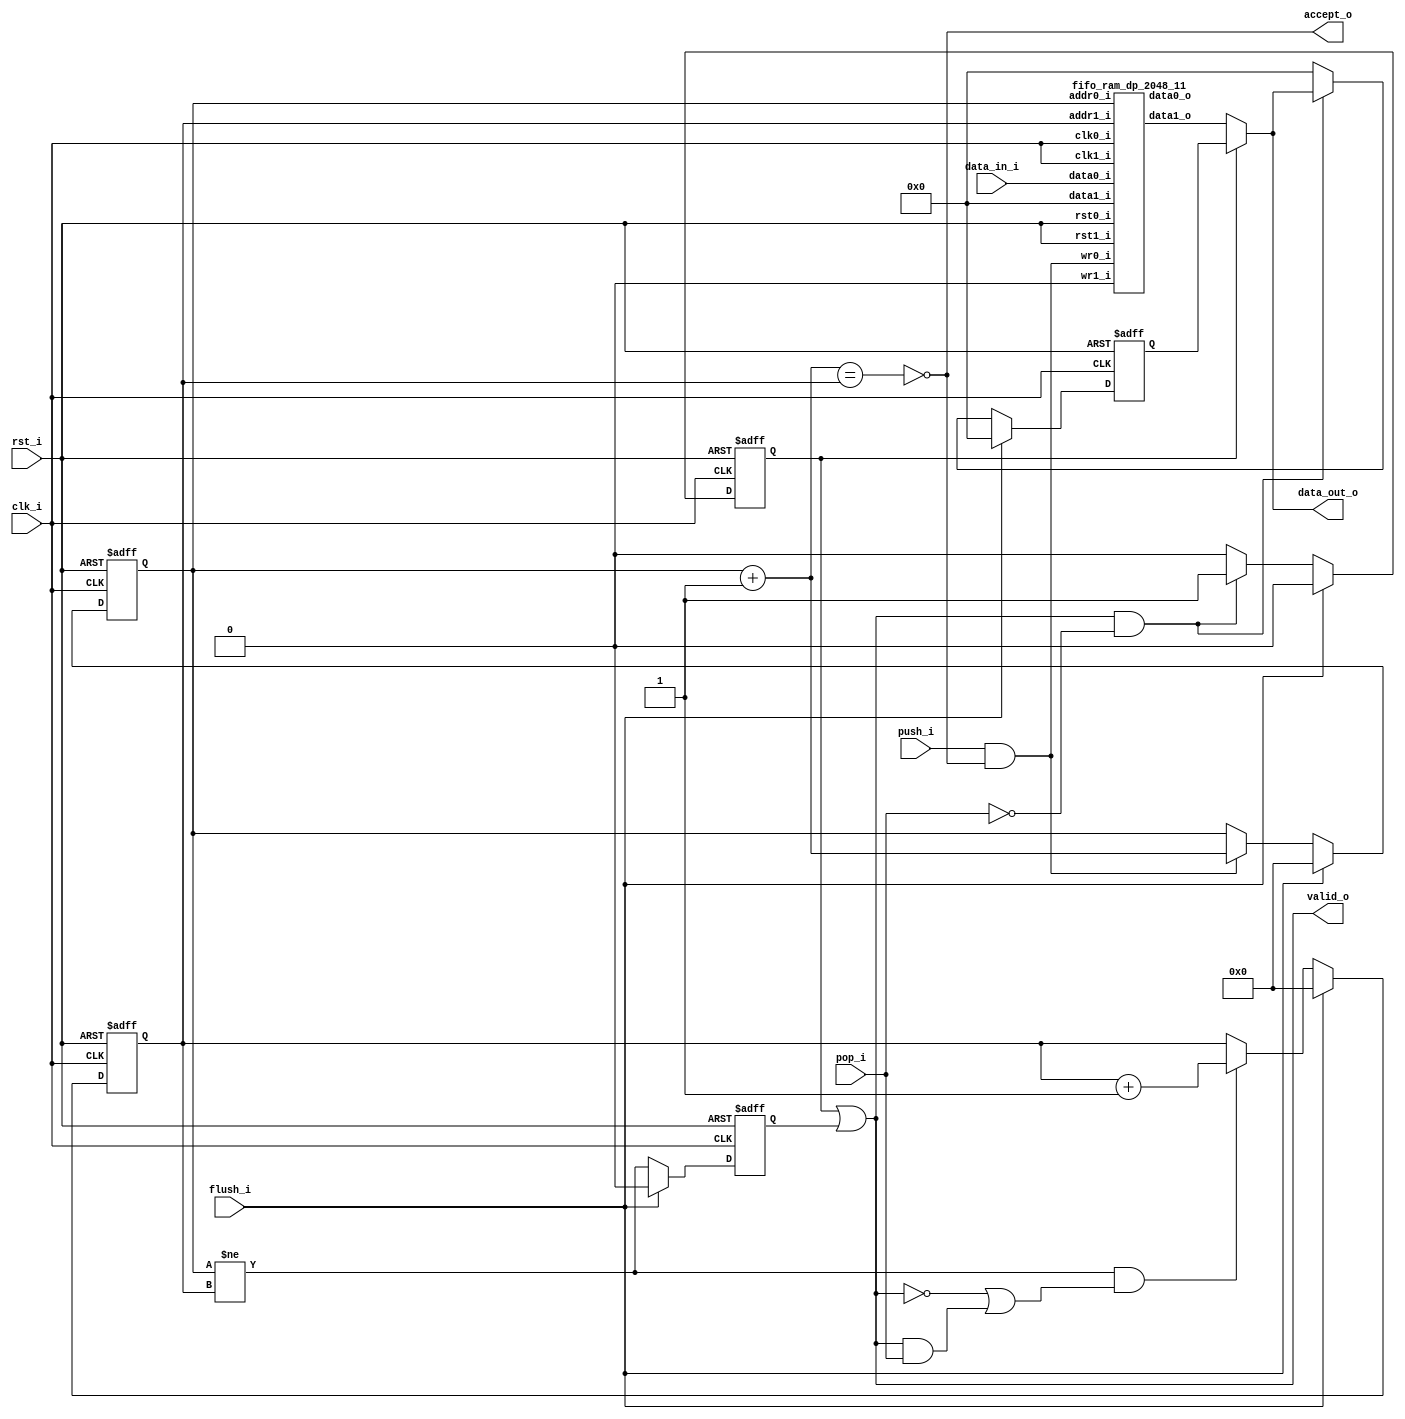
// This program was cloned from: https://github.com/ultraembedded/core_audio
// License: GNU General Public License v2.0

//-----------------------------------------------------------------
//                      Audio Controller
//                           V0.1
//                     Ultra-Embedded.com
//                     Copyright 2012-2019
//
//
//                         License: GPL
// If you would like a version with a more permissive license for
// use in closed source commercial applications please contact me
// for details.
//-----------------------------------------------------------------
//
// This file is open source HDL; you can redistribute it and/or 
// modify it under the terms of the GNU General Public License as 
// published by the Free Software Foundation; either version 2 of 
// the License, or (at your option) any later version.
//
// This file is distributed in the hope that it will be useful,
// but WITHOUT ANY WARRANTY; without even the implied warranty of
// MERCHANTABILITY or FITNESS FOR A PARTICULAR PURPOSE.  See the
// GNU General Public License for more details.
//
// You should have received a copy of the GNU General Public 
// License along with this file; if not, write to the Free Software
// Foundation, Inc., 59 Temple Place, Suite 330, Boston, MA 02111-1307
// USA
//-----------------------------------------------------------------

//-----------------------------------------------------------------
//                          Generated File
//-----------------------------------------------------------------

module audio_fifo
(
    // Inputs
     input           clk_i
    ,input           rst_i
    ,input  [ 31:0]  data_in_i
    ,input           push_i
    ,input           pop_i
    ,input           flush_i

    // Outputs
    ,output [ 31:0]  data_out_o
    ,output          accept_o
    ,output          valid_o
);



//-----------------------------------------------------------------
// Registers
//-----------------------------------------------------------------
reg [10:0]   rd_ptr_q;
reg [10:0]   wr_ptr_q;

//-----------------------------------------------------------------
// Write Side
//-----------------------------------------------------------------
wire [10:0] write_next_w = wr_ptr_q + 11'd1;

wire full_w = (write_next_w == rd_ptr_q);

always @ (posedge clk_i or posedge rst_i)
if (rst_i)
    wr_ptr_q <= 11'b0;
else if (flush_i)
    wr_ptr_q <= 11'b0;
// Push
else if (push_i & !full_w)
    wr_ptr_q <= write_next_w;

//-----------------------------------------------------------------
// Read Side
//-----------------------------------------------------------------
wire read_ok_w = (wr_ptr_q != rd_ptr_q);
reg  rd_q;

always @ (posedge clk_i or posedge rst_i)
if (rst_i)
    rd_q <= 1'b0;
else if (flush_i)
    rd_q <= 1'b0;
else
    rd_q <= read_ok_w;

always @ (posedge clk_i or posedge rst_i)
if (rst_i)
    rd_ptr_q     <= 11'b0;
else if (flush_i)
    rd_ptr_q     <= 11'b0;
// Read address increment
else if (read_ok_w && ((!valid_o) || (valid_o && pop_i)))
    rd_ptr_q <= rd_ptr_q + 11'd1;

//-------------------------------------------------------------------
// Read Skid Buffer
//-------------------------------------------------------------------
reg                rd_skid_q;
reg [31:0] rd_skid_data_q;

always @ (posedge clk_i or posedge rst_i)
if (rst_i)
begin
    rd_skid_q <= 1'b0;
    rd_skid_data_q <= 32'b0;
end
else if (flush_i)
begin
    rd_skid_q <= 1'b0;
    rd_skid_data_q <= 32'b0;
end
else if (valid_o && !pop_i)
begin
    rd_skid_q      <= 1'b1;
    rd_skid_data_q <= data_out_o;
end
else
begin
    rd_skid_q      <= 1'b0;
    rd_skid_data_q <= 32'b0;
end

//-------------------------------------------------------------------
// Combinatorial
//-------------------------------------------------------------------
assign valid_o       = rd_skid_q | rd_q;
assign accept_o      = !full_w;

//-------------------------------------------------------------------
// Dual port RAM
//-------------------------------------------------------------------
wire [31:0] data_out_w;

fifo_ram_dp_2048_11
u_ram
(
    // Inputs
    .clk0_i(clk_i),
    .rst0_i(rst_i),
    .clk1_i(clk_i),
    .rst1_i(rst_i),

    // Write side
    .addr0_i(wr_ptr_q),
    .wr0_i(push_i & accept_o),
    .data0_i(data_in_i),
    .data0_o(),

    // Read side
    .addr1_i(rd_ptr_q),
    .data1_i(32'b0),
    .wr1_i(1'b0),
    .data1_o(data_out_w)
);

assign data_out_o = rd_skid_q ? rd_skid_data_q : data_out_w;

endmodule

//-------------------------------------------------------------------
// Dual port RAM
//-------------------------------------------------------------------
module fifo_ram_dp_2048_11
(
    // Inputs
     input           clk0_i
    ,input           rst0_i
    ,input  [ 10:0]  addr0_i
    ,input  [ 31:0]  data0_i
    ,input           wr0_i
    ,input           clk1_i
    ,input           rst1_i
    ,input  [ 10:0]  addr1_i
    ,input  [ 31:0]  data1_i
    ,input           wr1_i

    // Outputs
    ,output [ 31:0]  data0_o
    ,output [ 31:0]  data1_o
);

/* verilator lint_off MULTIDRIVEN */
reg [31:0]   ram [2047:0] /*verilator public*/;
/* verilator lint_on MULTIDRIVEN */

reg [31:0] ram_read0_q;
reg [31:0] ram_read1_q;

// Synchronous write
always @ (posedge clk0_i)
begin
    if (wr0_i)
        ram[addr0_i] <= data0_i;

    ram_read0_q <= ram[addr0_i];
end

always @ (posedge clk1_i)
begin
    if (wr1_i)
        ram[addr1_i] <= data1_i;

    ram_read1_q <= ram[addr1_i];
end

assign data0_o = ram_read0_q;
assign data1_o = ram_read1_q;



endmodule